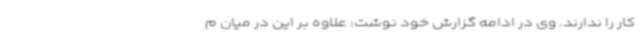
کار را ندارند. وی در ادامه گزارش خود نوشت: علاوه بر این در میان م